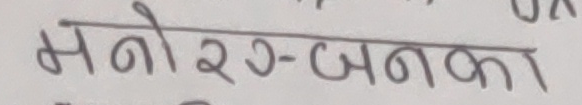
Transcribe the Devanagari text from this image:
मनोरञ्जनका